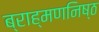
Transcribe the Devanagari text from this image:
ब्राह्मणनिष्ठ